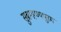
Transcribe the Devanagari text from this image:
सुब्रम्हण्यपुरम